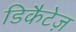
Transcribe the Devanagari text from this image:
डिकैटेज़